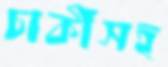
চাকীসহ